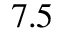
7 . 5